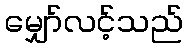
မျှော်လင့်သည်